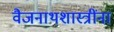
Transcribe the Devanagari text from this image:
वैजनाथशास्त्रींना